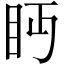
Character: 眄